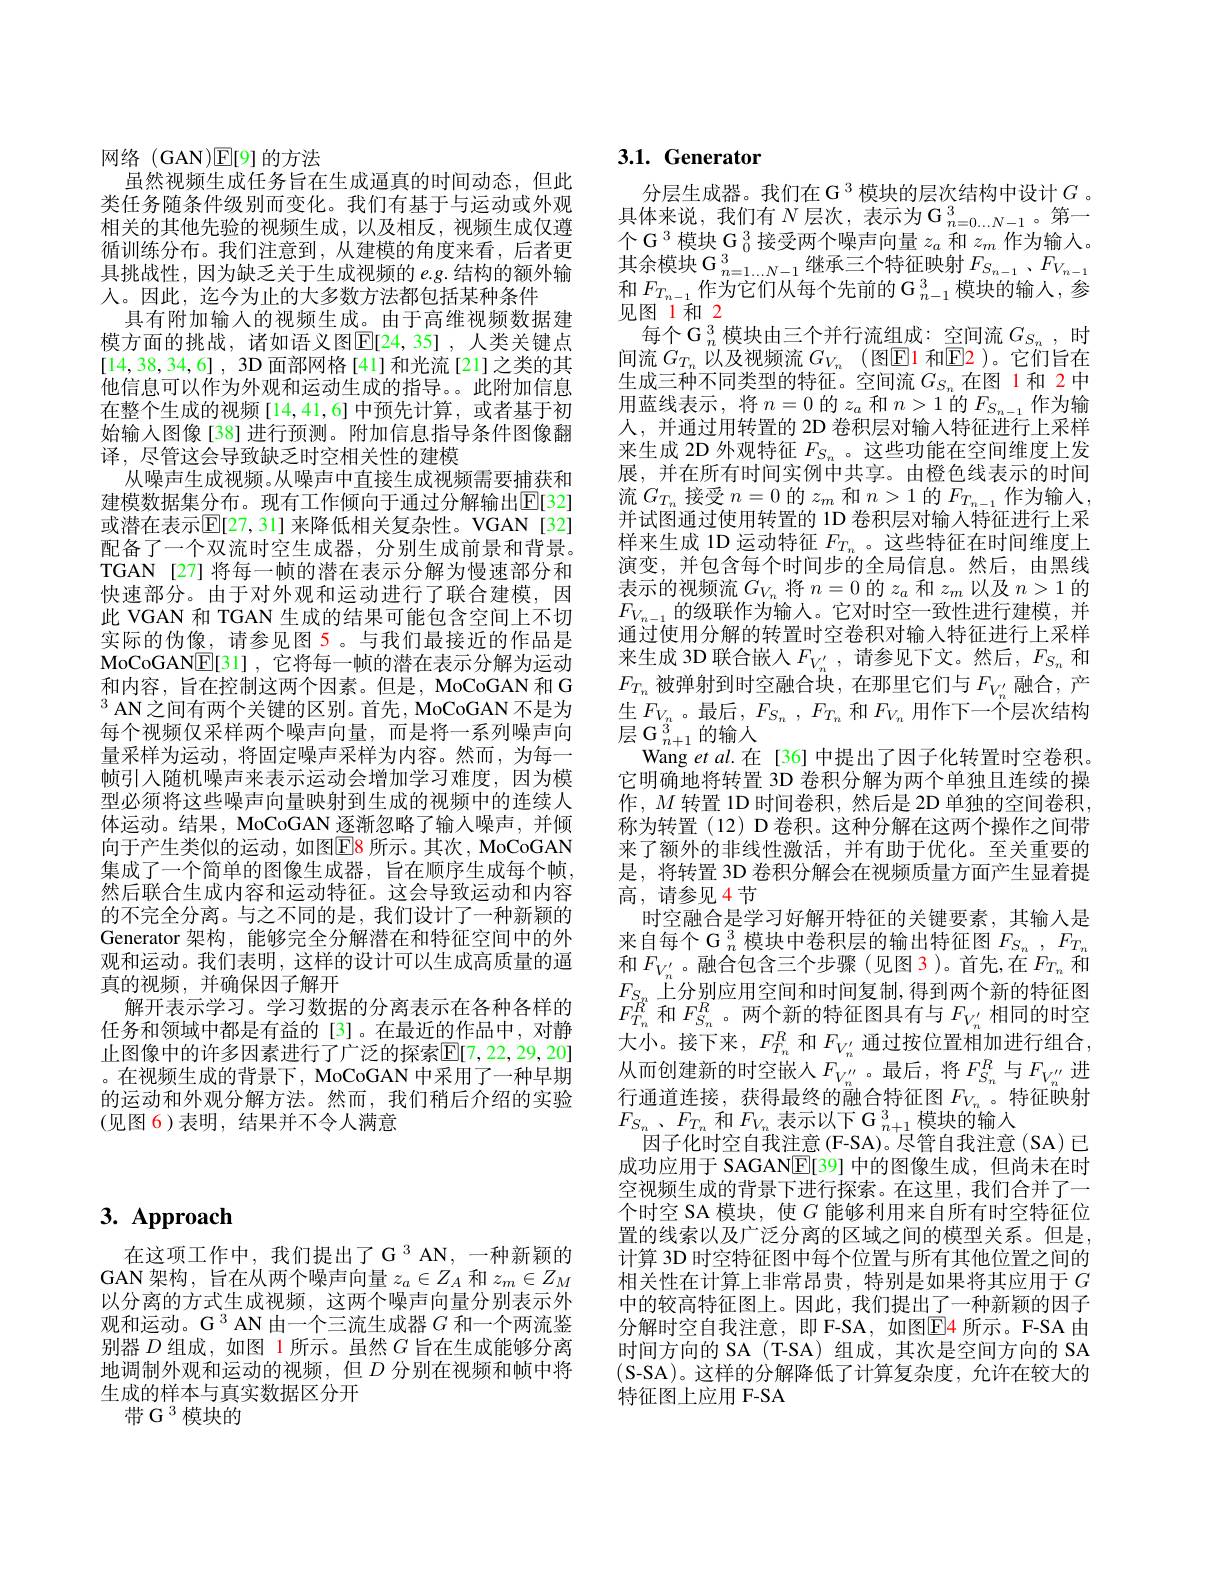
# 3. Approach

$在这项工作中，我们提出了G^{3}AN,一种新颖的$ GAN 架构，旨在从两个噪声向量$z_a\in Z_A$和$z_m\in Z_M$ 以分离的方式生成视频，这两个噪声向量分别表示外观和运动。G $^{3}$ AN 由一个三流生成器$G$和一个两流鉴别器$D$组成，如图 1 所示。虽然$G$旨在生成能够分离地调制外观和运动的视频，但$D$ 分别在视频和帧中将生成的样本与真实数据区分开
带 G 3 模块的

网络(GAN)E[9]的方法
虽然视频生成任务旨在生成逼真的时间动态，但此类任务随条件级别而变化。我们有基于与运动或外观相关的其他先验的视频生成，以及相反，视频生成仅遵循训练分布。我们注意到，从建模的角度来看，后者更具挑战性，因为缺乏关于生成视频的$e.g.$结构的额外输人。因此，迄今为止的大多数方法都包括某种条件
具有附加输入的视频生成。由于高维视频数据建模方面的挑战，诸如语义图$\mathbb{E}[24,35]$,人类关键点[14,38,34,6],3D 面部网格[41]和光流[21]之类的其他信息可以作为外观和运动生成的指导。此附加信息在整个生成的视频[14,41,6]中预先计算，或者基于初始输入图像[38]进行预测。附加信息指导条件图像翻译，尽管这会导致缺乏时空相关性的建模
从噪声生成视频。从噪声中直接生成视频需要捕获和建模数据集分布。现有工作倾向于通过分解输出$\mathbb{E}[32]$ 或潜在表示$\overline{\mathrm{E}}[27,31]$ 来降低相关复杂性。VGAN[32] 配备了一个双流时空生成器，分别生成前景和背景。TGAN[27]将每一帧的潜在表示分解为慢速部分和快速部分。由于对外观和运动进行了联合建模，因此 VGAN 和 TGAN 生成的结果可能包含空间上不切实际的伪像，请参见图 5。与我们最接近的作品是MoCoGANE[31],它将每一帧的潜在表示分解为运动和内容，旨在控制这两个因素。但是，MoCoGAN 和 G $^3$AN之间有两个关键的区别。首先，MoCoGAN 不是为每个视频仅采样两个噪声向量，而是将一系列噪声向量采样为运动，将固定噪声采样为内容。然而，为每一帧引入随机噪声来表示运动会增加学习难度，因为模型必须将这些噪声向量映射到生成的视频中的连续人体运动。结果，MoCoGAN 逐渐忽略了输入噪声，并倾向于产生类似的运动，如图$\color{red}{\boxed{E}8}$ 所示。其次，MoCoGAN 集成了一个简单的图像生成器，旨在顺序生成每个帧， 然后联合生成内容和运动特征。这会导致运动和内容的不完全分离。与之不同的是，我们设计了一种新颖的Generator 架构，能够完全分解潜在和特征空间中的外观和运动。我们表明，这样的设计可以生成高质量的逼真的视频，并确保因子解开
解开表示学习。学习数据的分离表示在各种各样的任务和领域中都是有益的[3]。在最近的作品中，对静止图像中的许多因素进行了广泛的探索$\overline{\mathrm{E}}[7,22,29,20]$ 。在视频生成的背景下，MoCoGAN 中采用了一种早期的运动和外观分解方法。然而，我们稍后介绍的实验(见图 6)表明，结果并不令人满意

# 3.1. Generator

分层生成器。我们在 G 3 模块的层次结构中设计$G$ 。具体来说，我们有$N$层次，表示为$\mathcal{G}_n=0...N-1$。第一个 G $^3$模块 G $_0^3$接受两个噪声向量$z_a$和$z_m$作为输入。其余模块 $\mathcal{G}_n=1\ldots N-1$继承三个特征映射$F_S_{n-1},F_{V_{n-1}}$ 和$F_{T_{n-1}}$作为它们从每个先前的$\mathcal{G}_n-1^3$模块的输人，参见图1和2
每个 G $_n^3$模块由三个并行流组成：空间流$G_S_n$,时间流$G_{T_n}$以及视频流$G_V_n$(图E1和$\mathbb{E}$2)。它们旨在生成三种不同类型的特征。空间流$G_{S_n}$在图 1和 2中用蓝线表示，将$n=0$的$z_a$和$n>1$的$F_S_{n-1}$作为输人，并通过用转置的 2D 卷积层对输入特征进行上采样来生成 2D 外观特征$F_{S_n}$ 。这些功能在空间维度上发展，并在所有时间实例中共享。由橙色线表示的时间流$G_{T_n}$接受$n=0$的$z_m$和$n>1$的$F_T_{n-1}$作为输入， 并试图通过使用转置的 1D 卷积层对输入特征进行上采样来生成 1D 运动特征$F_{T_n}$ 。这些特征在时间维度上演变，并包含每个时间步的全局信息。然后，由黑线表示的视频流$G_V_n$将$n=0$的$z_a$和$z_m$以及$n>1$的$F_{V_{n-1}}$的级联作为输入。它对时空一致性进行建模，并通过使用分解的转置时空卷积对输入特征进行上采样来生成 3D 联合嵌入$F_{V_n^{\prime}}$,请参见下文。然后，$F_S_n$和$F_{T_n}$ 被弹射到时空融合块，在那里它们与$F_V_{n^{\prime}}$融合，产生$F_{V_n}$。最后$,F_S_n,F_{T_n}$ 和$F_V_n$ 用作下一个层次结构$\overline{\text{层 G }_{n+1}^{n}}$的输入
Wang et $al$.在[36]中提出了因子化转置时空卷积。它明确地将转置 3D 卷积分解为两个单独且连续的操作，$M$转置 1D 时间卷积，然后是 2D 单独的空间卷积， 称为转置(12) D 卷积。这种分解在这两个操作之间带来了额外的非线性激活，并有助于优化。至关重要的是，将转置 3D 卷积分解会在视频质量方面产生显着提高，请参见 4 节
时空融合是学习好解开特征的关键要素，其输入是来自每个 G $_n^3$模块中卷积层的输出特征图$F_{S_n},F_{T_n}$ 和$F_{V_n^{\prime}}$。融合包含三个步骤(见图3)。首先，在$F_T_n$和$F_{S_n}$上分别应用空间和时间复制，得到两个新的特征图$F_{T_n}^{R^n}$和$F_S_n^R$。两个新的特征图具有与$F_V_n^{\prime}$相同的时空大小。接下来，$F_T_n^R$和$F_V_n^{\prime}$通过按位置相加进行组合， 从而创建新的时空嵌人$F_V_n^{\prime\prime}$。最后，将$F_S_n^R$与$F_V_n^{\prime\prime}$进行通道连接，获得最终的融合特征图$F_V_n$。特征映射$F_{S_n}$ $、 F_{T_n}$ 和$F_V_n\:$表示以下 G$_n+1^3$ 模块的输入
因子化时空自我注意 (F-SA)。尽管自我注意 (SA) 已成功应用于 SAGANE[39] 中的图像生成，但尚未在时空视频生成的背景下进行探索。在这里，我们合并了一个时空 SA 模块，使$G$能够利用来自所有时空特征位置的线索以及广泛分离的区域之间的模型关系。但是， 计算 3D 时空特征图中每个位置与所有其他位置之间的相关性在计算上非常昂贵，特别是如果将其应用于$G$ 中的较高特征图上。因此，我们提出了一种新颖的因子分解时空自我注意，即 F-SA,如图$\boxed{\mathrm{E}}$4 所示。F-SA 由时间方向的 SA (T-SA)组成，其次是空间方向的 SA (S-SA)。这样的分解降低了计算复杂度，允许在较大的特征图上应用 F-SA